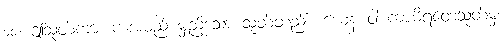
၁၀။ ဤသုတ်ကား ကံအမည် မှည့်သော သုတ်တည်း၊ ယေန ဝါ ကယိရတေသုတ်မှ